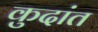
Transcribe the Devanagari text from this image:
कुदांत